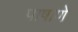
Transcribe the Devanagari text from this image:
पाषाणे